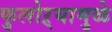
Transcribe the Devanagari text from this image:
फुलोऱ्यामुळे